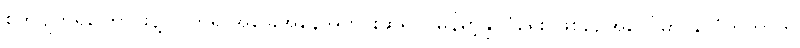
စိတ်ပျက်ရကြောင်းနဲ့ လက်ရှိ အခြေအနေအတိုင်းဆိုရင် မြန်မာ့နိုင်ငံရေး ဖြစ်စဉ်အပေါ်မှာ နိုင်ငံတကာက